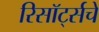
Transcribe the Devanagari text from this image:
रिसॉर्ट्सचे